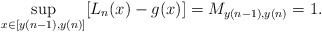
\begin{align*}\sup_{x \in [y(n-1), y(n)]} [L_n(x) - g(x)] = M_{y(n-1), y(n)} = 1. \end{align*}